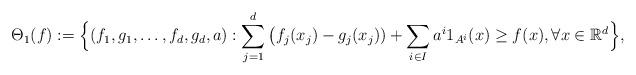
LaTeX: \begin{align*}\Theta_1 (f):= \Big\{ (f_1,g_1,\dots,f_d,g_d,a): \sum_{j=1}^d \big(f_j(x_j)-g_j(x_j))+\sum_{i\in I} a^i1_{A^i}(x)\geq f(x), \forall x\in\mathbb{R}^d \Big\},\end{align*}